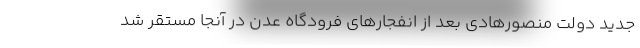
جدید دولت منصورهادی بعد از انفجارهای فرودگاه عدن در آنجا مستقر شد